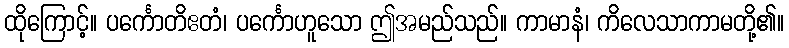
ထိုကြောင့်။ ပင်္ကောတိဧတံ၊ ပင်္ကောဟူသော ဤအမည်သည်။ ကာမာနံ၊ ကိလေသာကာမတို့၏။